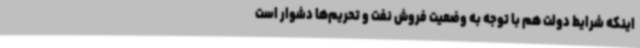
اینکه شرایط دولت هم با توجه به وضعیت فروش نفت و تحریم‌ها دشوار است